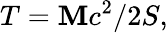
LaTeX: T=\mathbf{M}c^{2}/2S,